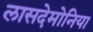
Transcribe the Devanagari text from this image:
लासदेमोनिया